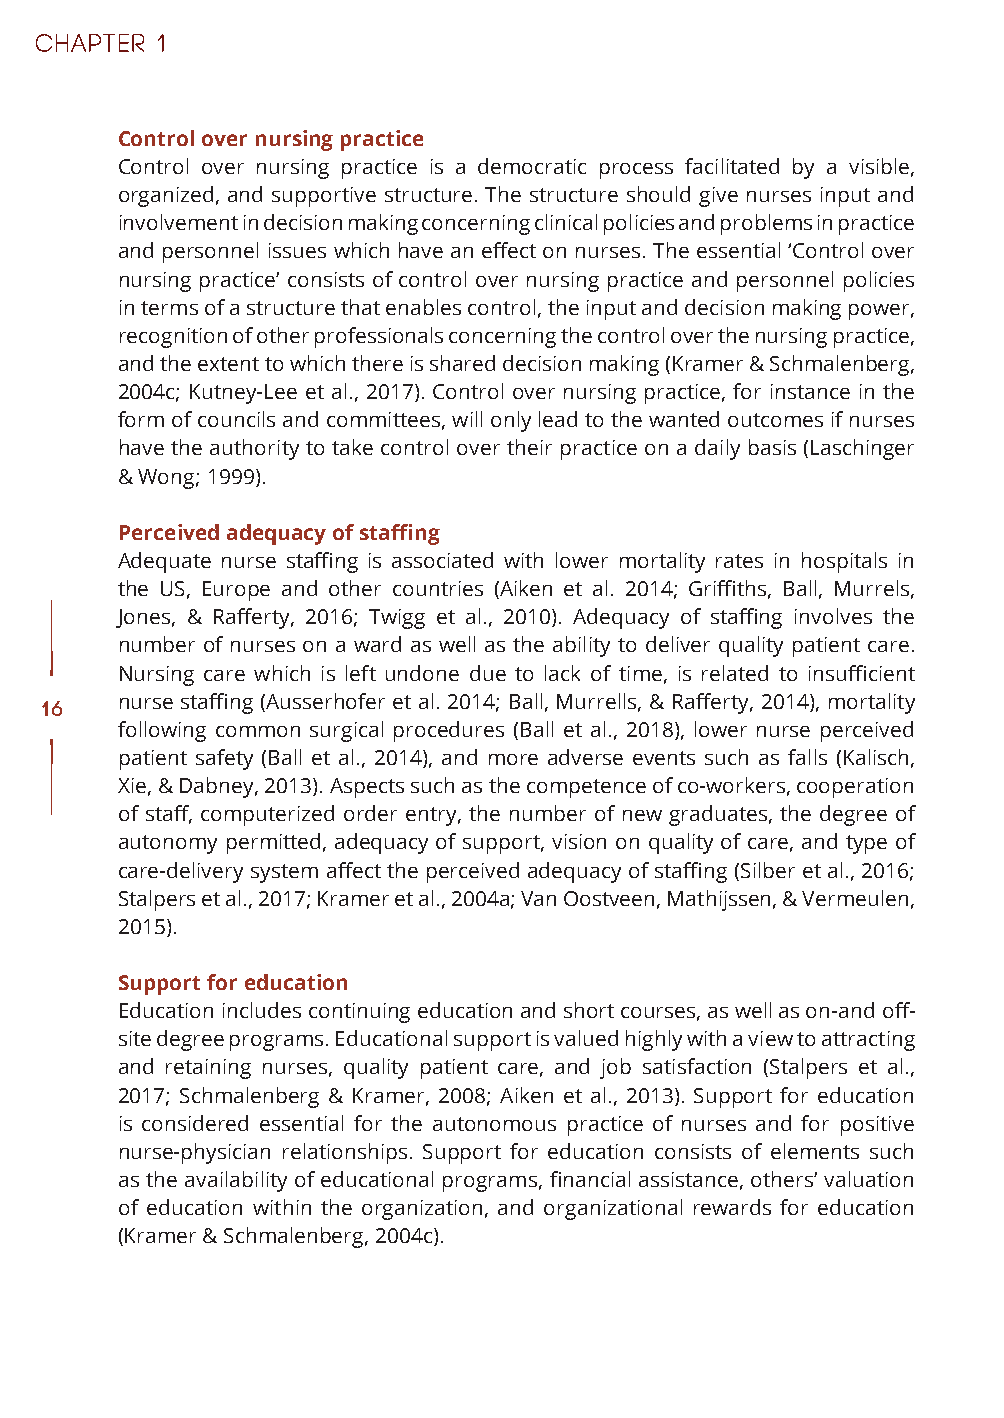
Control over nursing practice
 Control over nursing practice is a democratic process facilitated by a visible,
 organized, and supportive structure. The structure should give nurses input and
 involvement in decision making concerning clinical policies and problems in practice
 and personnel issues which have an effect on nurses. The essential ‘Control over
 nursing practice’ consists of control over nursing practice and personnel policies
 in terms of a structure that enables control, the input and decision making power,
 recognition of other professionals concerning the control over the nursing practice,
 and the extent to which there is shared decision making (Kramer & Schmalenberg,
 2004c; Kutney-Lee et al., 2017). Control over nursing practice, for instance in the
 form of councils and committees, will only lead to the wanted outcomes if nurses
 have the authority to take control over their practice on a daily basis (Laschinger
 & Wong; 1999).
 Perceived adequacy of staffing
 Adequate nurse staffing is associated with lower mortality rates in hospitals in
 the US, Europe and other countries (Aiken et al. 2014; Griffiths, Ball, Murrels,
 Jones, & Rafferty, 2016; Twigg et al., 2010). Adequacy of staffing involves the
 number of nurses on a ward as well as the ability to deliver quality patient care.
 Nursing care which is left undone due to lack of time, is related to insufficient
 nurse staffing (Ausserhofer et al. 2014; Ball, Murrells, & Rafferty, 2014), mortality
 16
 following common surgical procedures (Ball et al., 2018), lower nurse perceived
 patient safety (Ball et al., 2014), and more adverse events such as falls (Kalisch,
 Xie, & Dabney, 2013). Aspects such as the competence of co-workers, cooperation
 of staff, computerized order entry, the number of new graduates, the degree of
 autonomy permitted, adequacy of support, vision on quality of care, and type of
 care-delivery system affect the perceived adequacy of staffing (Silber et al., 2016;
 Stalpers et al., 2017; Kramer et al., 2004a; Van Oostveen, Mathijssen, & Vermeulen,
 2015).
 Support for education
 Education includes continuing education and short courses, as well as on-and off-
 site degree programs. Educational support is valued highly with a view to attracting
 and retaining nurses, quality patient care, and job satisfaction (Stalpers et al.,
 2017; Schmalenberg & Kramer, 2008; Aiken et al., 2013). Support for education
 is considered essential for the autonomous practice of nurses and for positive
 nurse-physician relationships. Support for education consists of elements such
 as the availability of educational programs, financial assistance, others’ valuation
 of education within the organization, and organizational rewards for education
 (Kramer & Schmalenberg, 2004c).